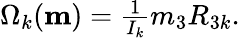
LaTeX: \begin{array}{r}{\Omega_{k}({\mathbf m})=\frac{1}{I_{k}}m_{3}R_{3k}.}\end{array}